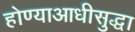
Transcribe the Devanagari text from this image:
होण्याआधीसुद्धा